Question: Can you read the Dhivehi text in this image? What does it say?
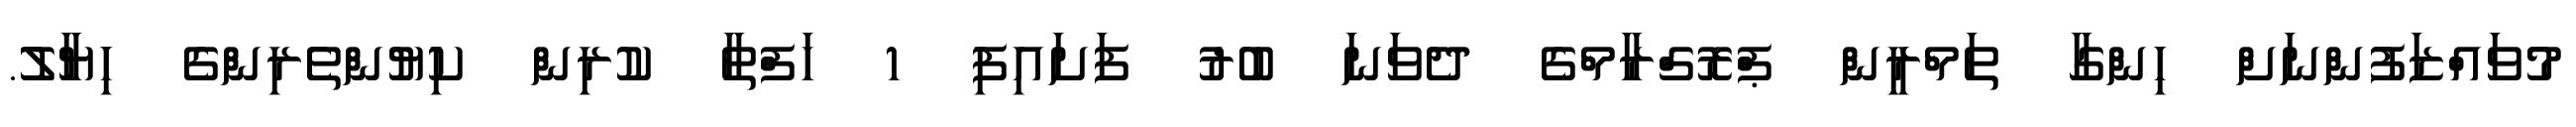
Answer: މުވައްޒަފުންނަށް ހިންގާ ތަމްރީން ޕްރޮގްރާމްގެ ދެވަނަ ބުރު ފަށައިފި 1 ހަފްތާ ކުރިން ކިޔުންތެރިންގެ ހިޔާލު.